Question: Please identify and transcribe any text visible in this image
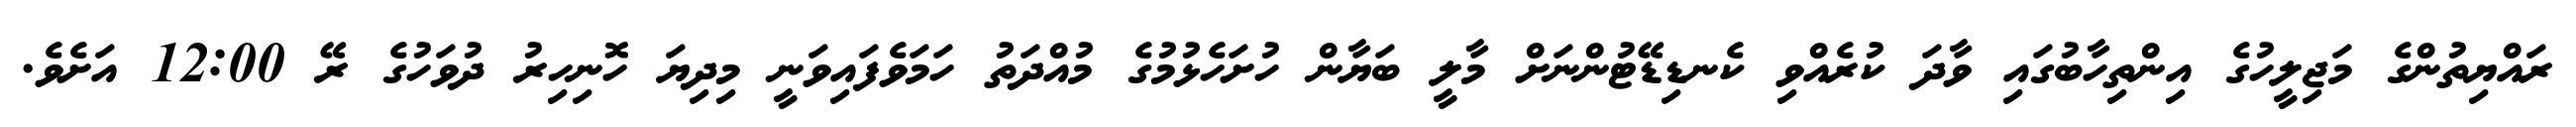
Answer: ރައްޔިތުންގެ މަޖިލީހުގެ އިންތިހާބުގައި ވާދަ ކުރެއްވި ކެނޑިޑޭޓުންނަށް މާލީ ބަޔާން ހުށަހެޅުމުގެ މުއްދަތު ހަމަވެފައިވަނީ މިދިޔަ ހޮނިހިރު ދުވަހުގެ ރޭ 12:00 އަށެވެ.